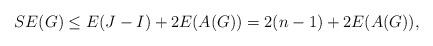
LaTeX: \begin{align*}SE(G)\leq E(J-I)+2E(A(G))=2(n-1)+2E(A(G)),\end{align*}